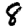
Digit: 8